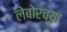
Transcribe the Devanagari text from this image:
लेबोरच्या